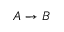
A \to B